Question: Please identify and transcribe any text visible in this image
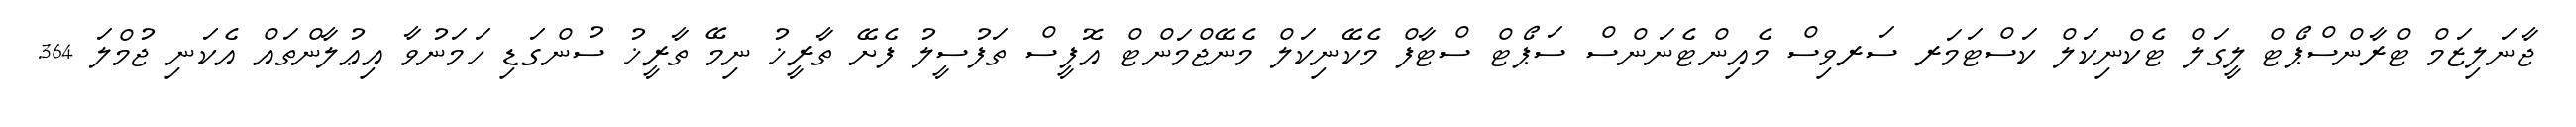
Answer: ޖާނަލިޒަމް ޓްރާންސްޕޯޓް ލީގަލް ޓެކްނިކަލް ކަސްޓަމަރ ސަރވިސް މެއިންޓެނަންސް ސަޕޯޓް ސްޓާފް މެކޭނިކަލް މެނޭޖްމަންޓް އޮފީސް ތަފުސީލު ފެށޭ ތާރީޚު ނިމޭ ތާރީޚު ސުންގަޑި ހަމަނުވާ އިޢުލާންތައް އެކަނި ޖުމްލަ 364.